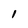
Character: I